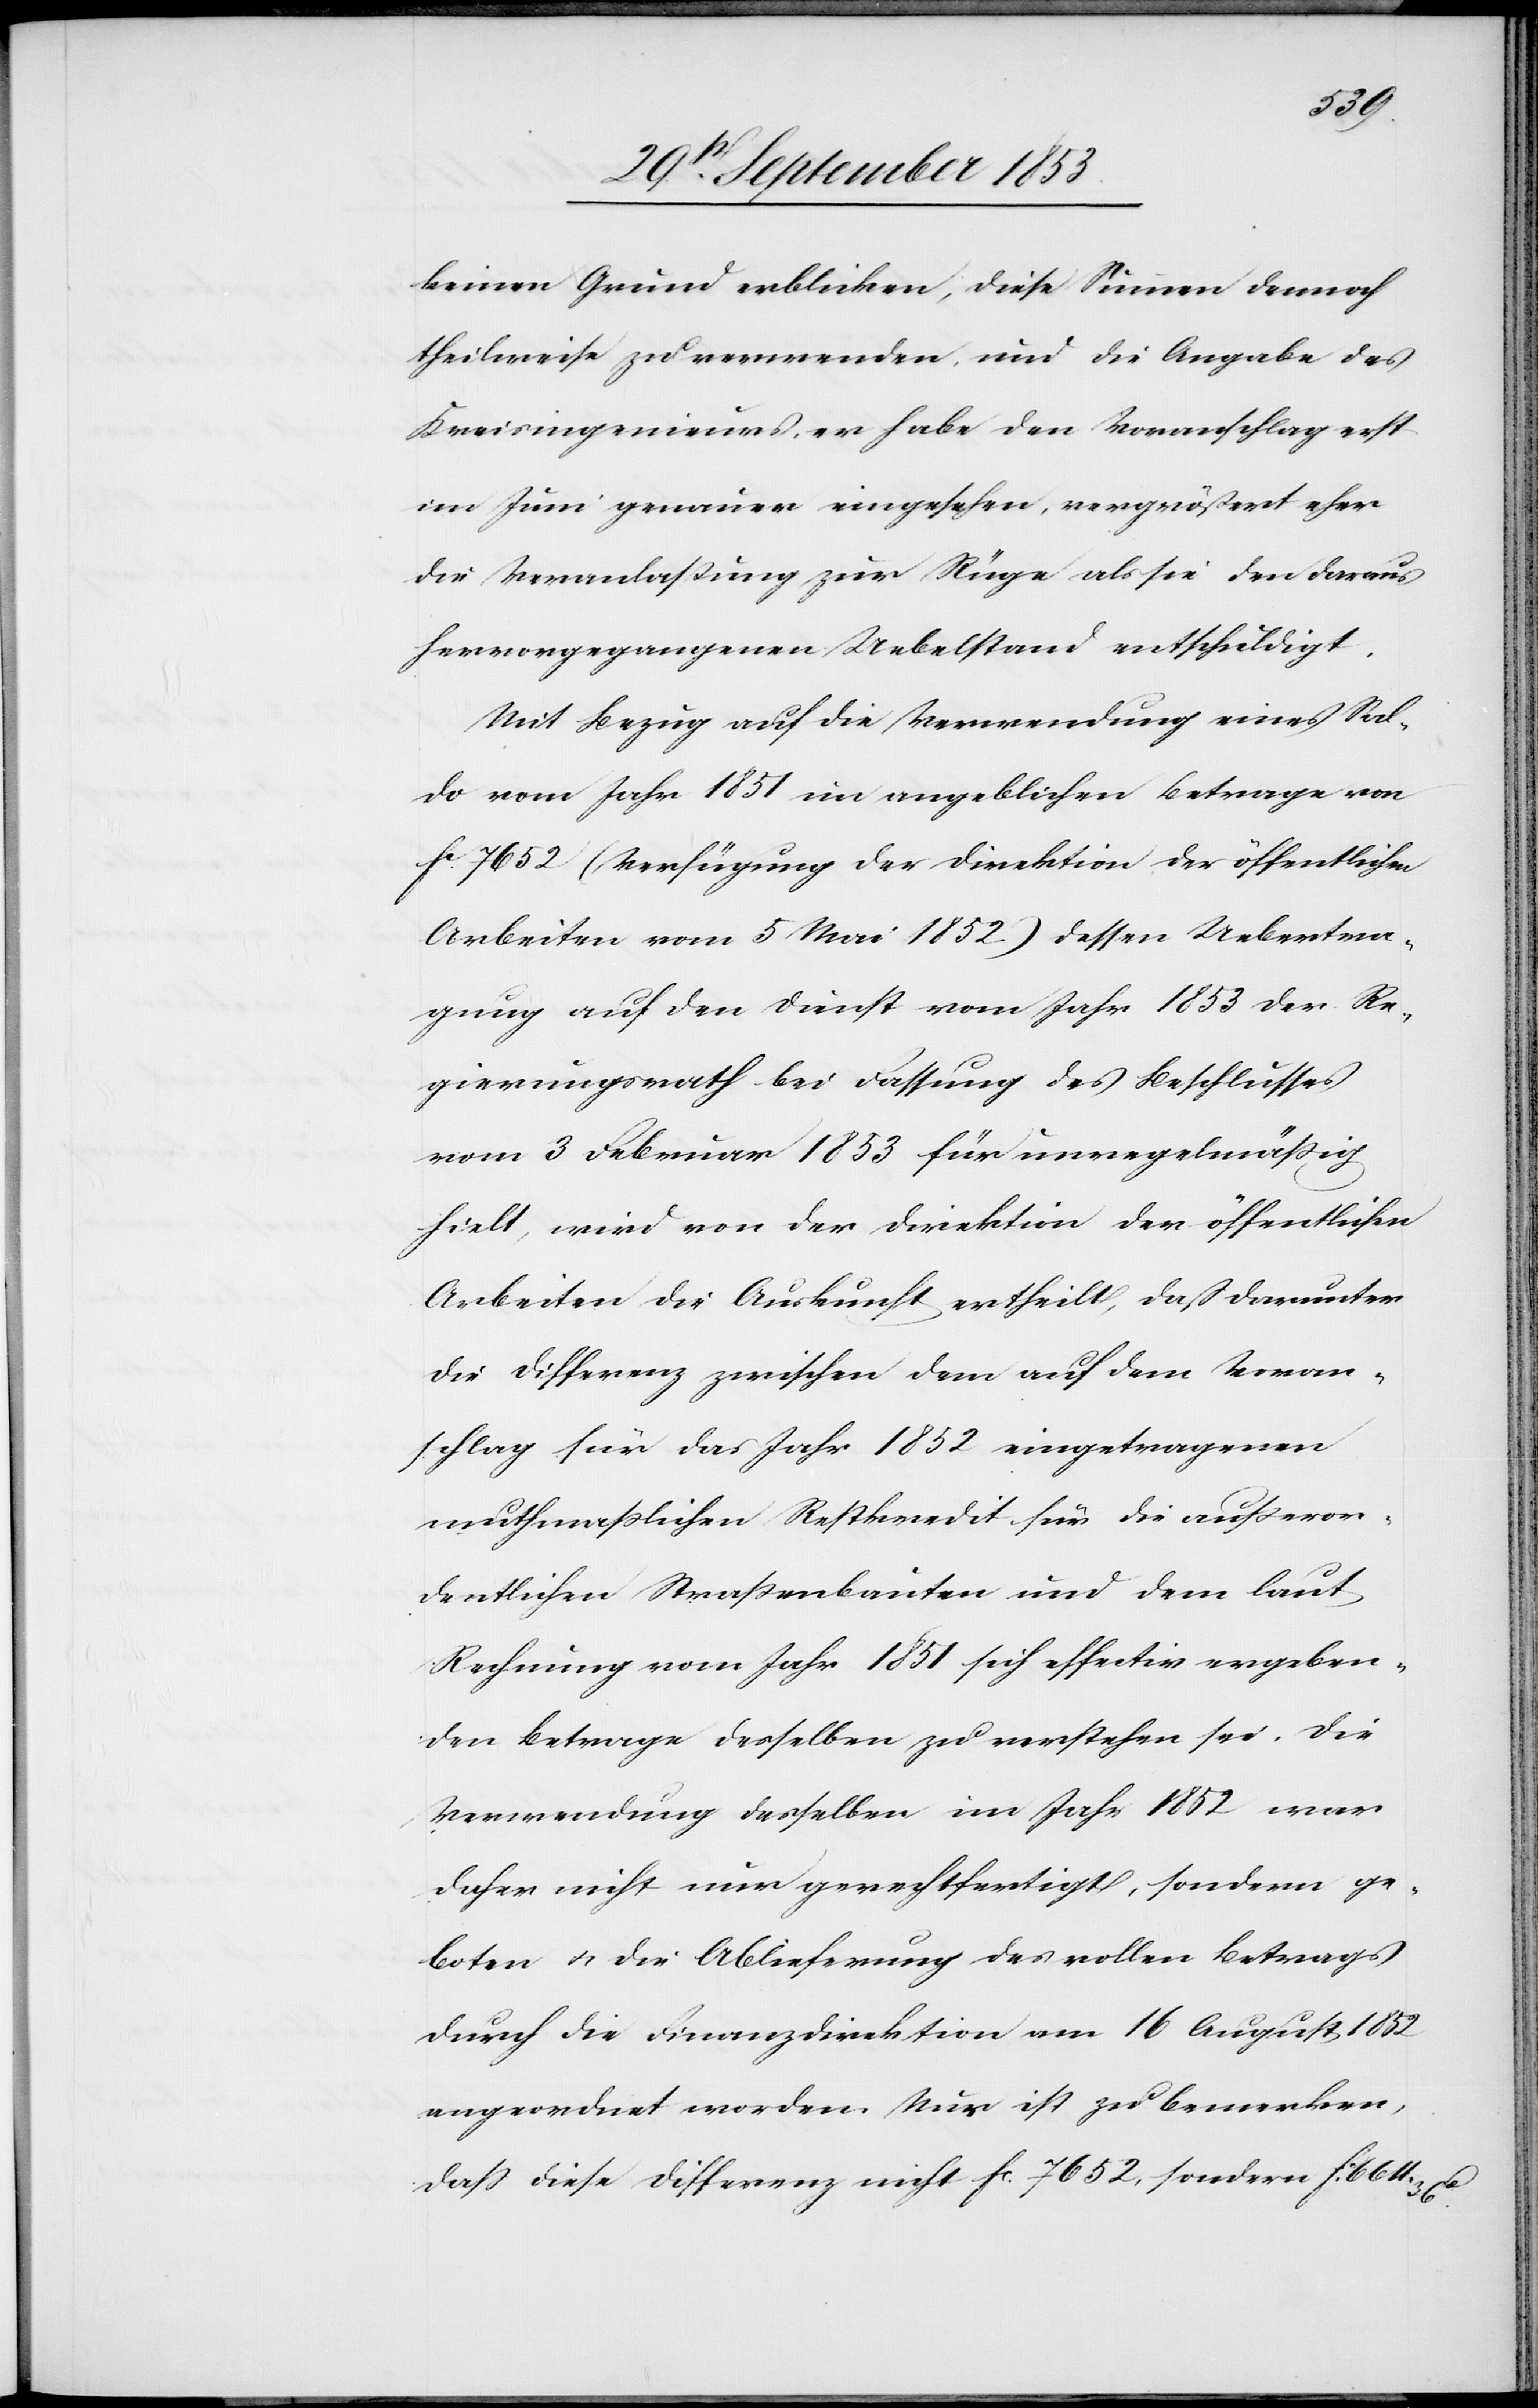
keinen Grund erblicken, diese Summen dennoch
theilweise zu verwenden, und die Angabe des
Kreisingenieurs, er habe den Voranschlag erst
im Juni genauer eingesehen, vergrößert eher
die Veranlaßung zur Rüge als sie den daraus
hervorgegangenen Uebelstand entschuldigt.
Mit Bezug auf die Verwendung eines Sal¬
do vom Jahre 1851 im angeblichen Betrage von
fc 7652 (Verfügung der Direktion der öffentlichen
Arbeiten vom 5 Mai 1852) dessen Uebertra¬
gung auf den Dienst vom Jahr 1853 der Re¬
gierungsrath bei Fassung des Beschlusses
vom 3 Februar 1853 für unregelmäßig
hielt, wird von der Direktion der öffentlichen
Arbeiten die Auskunft ertheilt, daß darunter
die Differenz zwischen dem auf dem Voran¬
schlag für das Jahr 1852 eingetragenen
muthmaßlichen Restkredit für die außeror¬
dentlichen Straßenbauten und dem laut
Rechnung vom Jahr 1851 sich effektiv ergeben¬
den Betrage desselben zu verstehen sei. Die
Verwendung desselben im Jahr 1852 war
daher nicht nur gerechtfertigt, sondern ge¬
boten u. die Ablieferung des vollen Betrages
durch die Finanzdirektion vom 16 August 1852
angeordnet worden. Nur ist zu bemerken,
daß die Differenz nicht fc 7652, sondern fc 664. 36c